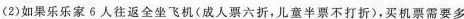
（2）如果乐乐家6人往返全坐飞机(成人票六折，儿童半票不打折)，买机票需要多